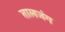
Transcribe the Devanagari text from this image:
तालजंग